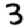
Digit: 3